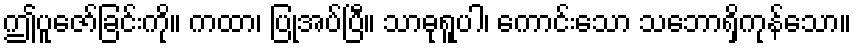
ဤပူဇော်ခြင်းကို။ ကထာ၊ ပြုအပ်ပြီ။ သာဓုရူပါ၊ ကောင်းသော သဘောရှိကုန်သော။